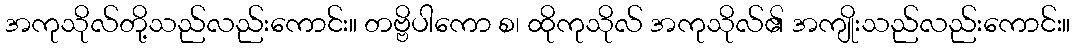
အကုသိုလ်တို့သည်လည်းကောင်း။ တဗ္ဗိပါကော စ၊ ထိုကုသိုလ် အကုသိုလ်၏ အကျိုးသည်လည်းကောင်း။